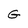
Character: G